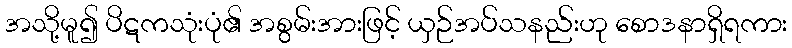
အသို့မူ၍ ပိဋကသုံးပုံ၏ အစွမ်းအားဖြင့် ယှဉ်အပ်သနည်းဟု စောဒနာရှိရကား